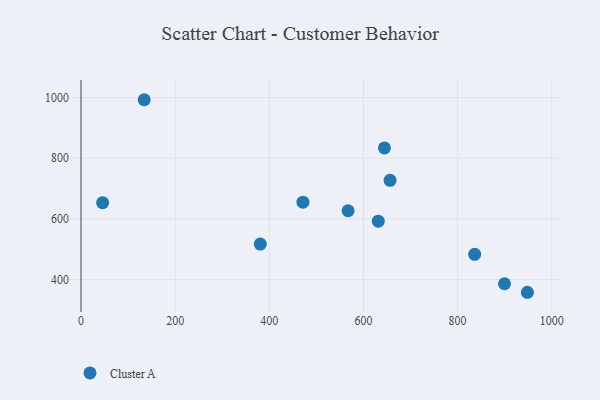
{"axis": {"x": "Engine Size", "y": "Fuel Efficiency"}, "legend": ["Cluster A"], "data": [{"x": "899.7", "y": 385.8, "type": "Cluster A"}, {"x": "948.2", "y": 357.6, "type": "Cluster A"}, {"x": "631.5", "y": 592.2, "type": "Cluster A"}, {"x": "567.4", "y": 626.7, "type": "Cluster A"}, {"x": "471.5", "y": 654.9, "type": "Cluster A"}, {"x": "644.6", "y": 834.2, "type": "Cluster A"}, {"x": "134.3", "y": 993.2, "type": "Cluster A"}, {"x": "836.3", "y": 483.0, "type": "Cluster A"}, {"x": "46.0", "y": 653.4, "type": "Cluster A"}, {"x": "656.5", "y": 727.0, "type": "Cluster A"}, {"x": "380.9", "y": 516.7, "type": "Cluster A"}]}